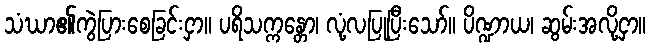
သံဃာ၏ကွဲပြားစေခြင်းငှာ။ ပရိသက္ကန္တော၊ လုံ့လပြုပြီးသော်။ ပိဏ္ဍာယ၊ ဆွမ်းအလို့ငှာ။